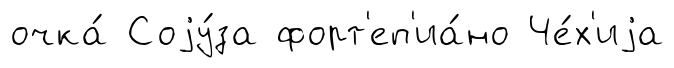
очка́ Соjу́за форт'еп'иа́но Че́х'иjа